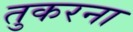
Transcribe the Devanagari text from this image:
तुकरना